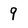
Character: 9